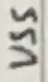
Text: VSS